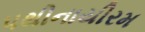
પથીનાયીરમ